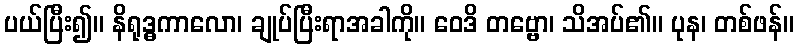
ပယ်ပြီး၍။ နိရုဒ္ဓကာလော၊ ချုပ်ပြီးရာအခါကို။ ဝေဒိ တဗ္ဗော၊ သိအပ်၏။ ပုန၊ တစ်ဖန်။